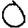
Digit: 0